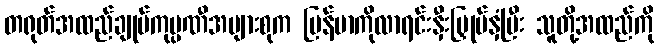
တရုတ်အထည်ချုပ်ကုမ္ပဏီအများစုက မြန်မာကိုလာရင်းနှီးမြှုပ်နှံပြီး သူတို့အထည်ကို